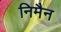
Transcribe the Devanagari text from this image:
निमैन